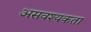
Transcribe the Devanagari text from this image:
असवश्यकता